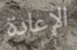
الإعادة